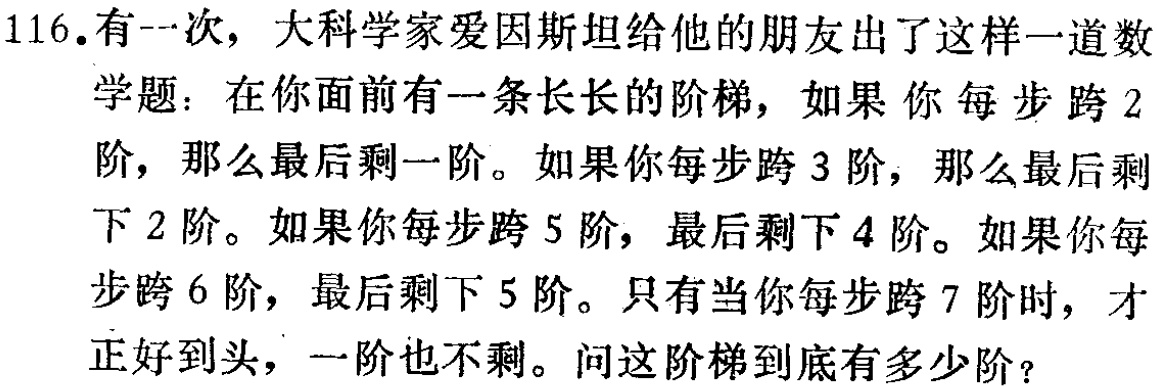
116. 有一次，大科学家爱因斯坦给他的朋友出了这样一道数学题：在你面前有一条长长的阶梯，如果你 每 步 跨 2阶，那么最后剩一阶。如果你每步跨 3 阶，那么最后剩下 2 阶。如果你每步跨 5 阶，最后剩下 4 阶。如果你每步跨 6 阶，最后剩下 5 阶。只有当你每步跨 7 阶时，才正好到头，一阶也不剩。问这阶梯到底有多少阶？